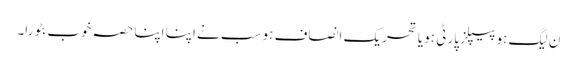
ن لیگ ہو پیپلز پارٹی ہو یا تحریک انصاف ہو سب نے اپنا اپنا حصہ خوب بٹورا۔